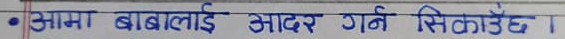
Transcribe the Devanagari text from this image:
आमा बाबालाई आदर गर्न सिकाउँछ ।